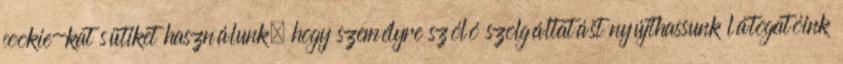
cookie-kat sütiket használunk, hogy személyre szóló szolgáltatást nyújthassunk látogatóink